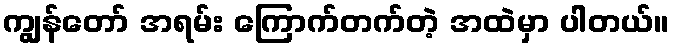
ကျွန်တော် အရမ်း ကြောက်တက်တဲ့ အထဲမှာ ပါတယ်။